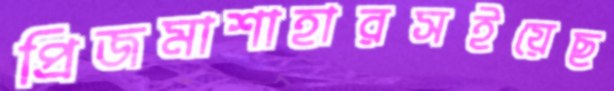
প্রিজমাশাহারসইয়েছ